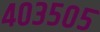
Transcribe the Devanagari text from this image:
४०३५०५